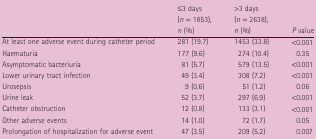
|  | ≤3 days (n = 1853), n (%) | >3 days (n = 2638), n (%) | P value |
 | --- | --- | --- | --- |
 | At least one adverse event during catheter period | 281 (19.7) | 1453 (33.8) | <0.001 |
 | Haematuria | 177 (9.6) | 274 (10.4) | 0.35 |
 | Asymptomatic bacteriuria | 81 (5.7) | 579 (13.5) | <0.001 |
 | Lower urinary tract infection | 49 (3.4) | 308 (7.2) | <0.001 |
 | Urosepsis | 9 (0.6) | 51 (1.2) | 0.06 |
 | Urine leak | 52 (3.7) | 297 (6.9) | <0.001 |
 | Catheter obstruction | 12 (0.8) | 133 (3.1) | <0.001 |
 | Other adverse events | 14 (1.0) | 72 (1.7) | 0.05 |
 | Prolongation of hospitalization for adverse event | 47 (3.5) | 209 (5.2) | 0.007 |